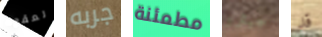
لعقود جربه مطمئنة جيثرو قد